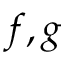
f , g